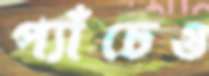
প্যাঁচেও